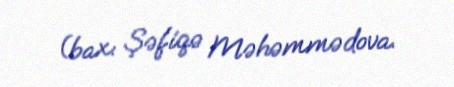
(bax: Şəfiqə Məhəmmədova.